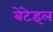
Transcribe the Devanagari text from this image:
बेटेइल